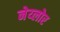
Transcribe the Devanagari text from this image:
नेय्लोर